Annual report of the Punjab Veterinary College and of the Civil Veterinary Department, Punjab - 1909-1919
Year: 1909
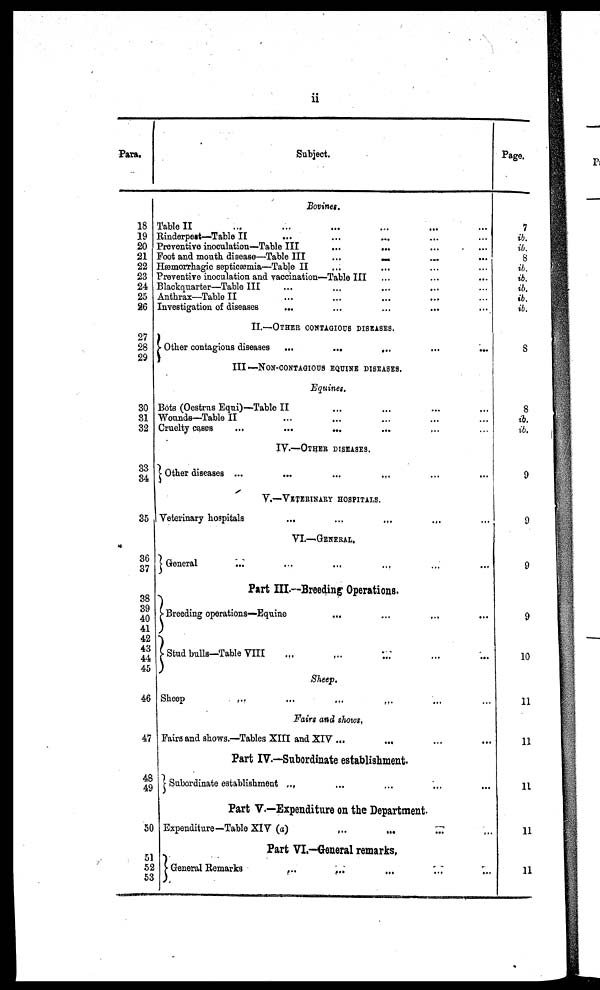
ii
Para.
18
19
20
21
22
23
24
25
26
27
28
29
30
31
32
33
34
35
36
37
38
39
40
41
42
43
44
45
46
47
48
49
50
51
52
53
Subject.
Bovines.
Table II ... ... ... ... ... ...
Rinderpest—Table II ... ... ... ...
Preventive inoculation—Table III
...
... ... ...
Foot and mouth disease—Table III
... ... ... ... ...
Hæmorrhagic septicæmia—Table II ... ... ... ...
Preventive inoculation and vaccination—Table III ... ... ...
Blackquarter—Table III ... ... ... ...
Anthrax—Table II ... ... ... ...
Investigation of diseases
... ... ... ...
II.—OTHER CONTAGIOUS DISEASES.
Other contagious diseases ...
...
... ... ...
III—NON-CONTAGIOUS EQUINE DISEASE.
Equines.
Bots (Oestrns Equi)—Table II ... ... ... ...
Wounds—Table II ... ... ... ...
Cruelty cases
...
... ... ... ...
IV.—OTHER DISEASE.
Other diseases ... ... ... ... ... ...
V.—VETERINARY HOSPITALS..
Veterinary hospitals
...
...
...
...
...
VI.—GENERAL.
General ... ... ... ... ... ...
Part III.—Breeding Operations.
Breeding operations—Equine
...
...
...
...
Stud bulls—Table VIII ... ... ... ... ...
Sheep.
Sheep
...
...
...
... ... ...
Fairs and shows.
Fairs and shows.—Tables XIII and XIV ... ... ... ...
Part IV.—Subordinate establishment.
Subordinate establishment ... ... ... ... ...
Part V.—Expenditure on the Department.
Expenditure—Table XIV (a)
Part VI.—Jeneral remarks.
General Remarks
... ... ... ... ...
Page.
7
ib.
ib.
8
ib.
ib.
ib.
ib.
ib.
8
8
ib.
ib.
9
9
9
9
10
11
11
11
11
11